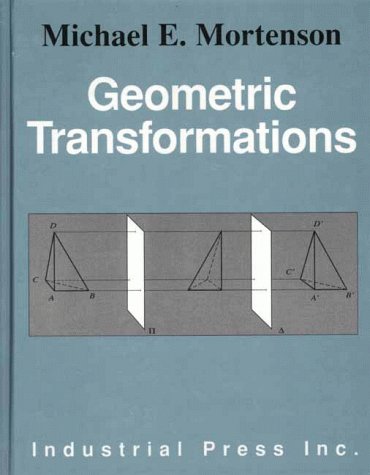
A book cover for Geometric Transformations; Michael E Mortenson; Science & Math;